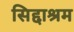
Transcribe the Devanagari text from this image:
सिद्दाश्रम